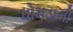
ધોમડાની